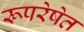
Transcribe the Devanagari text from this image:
रूपरेषेत